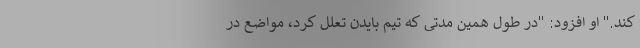
کند." او افزود: "در طول همین مدتی که تیم بایدن تعلل کرد، مواضع در